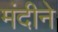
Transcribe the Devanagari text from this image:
मंदीने